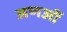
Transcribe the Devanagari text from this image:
अणओं